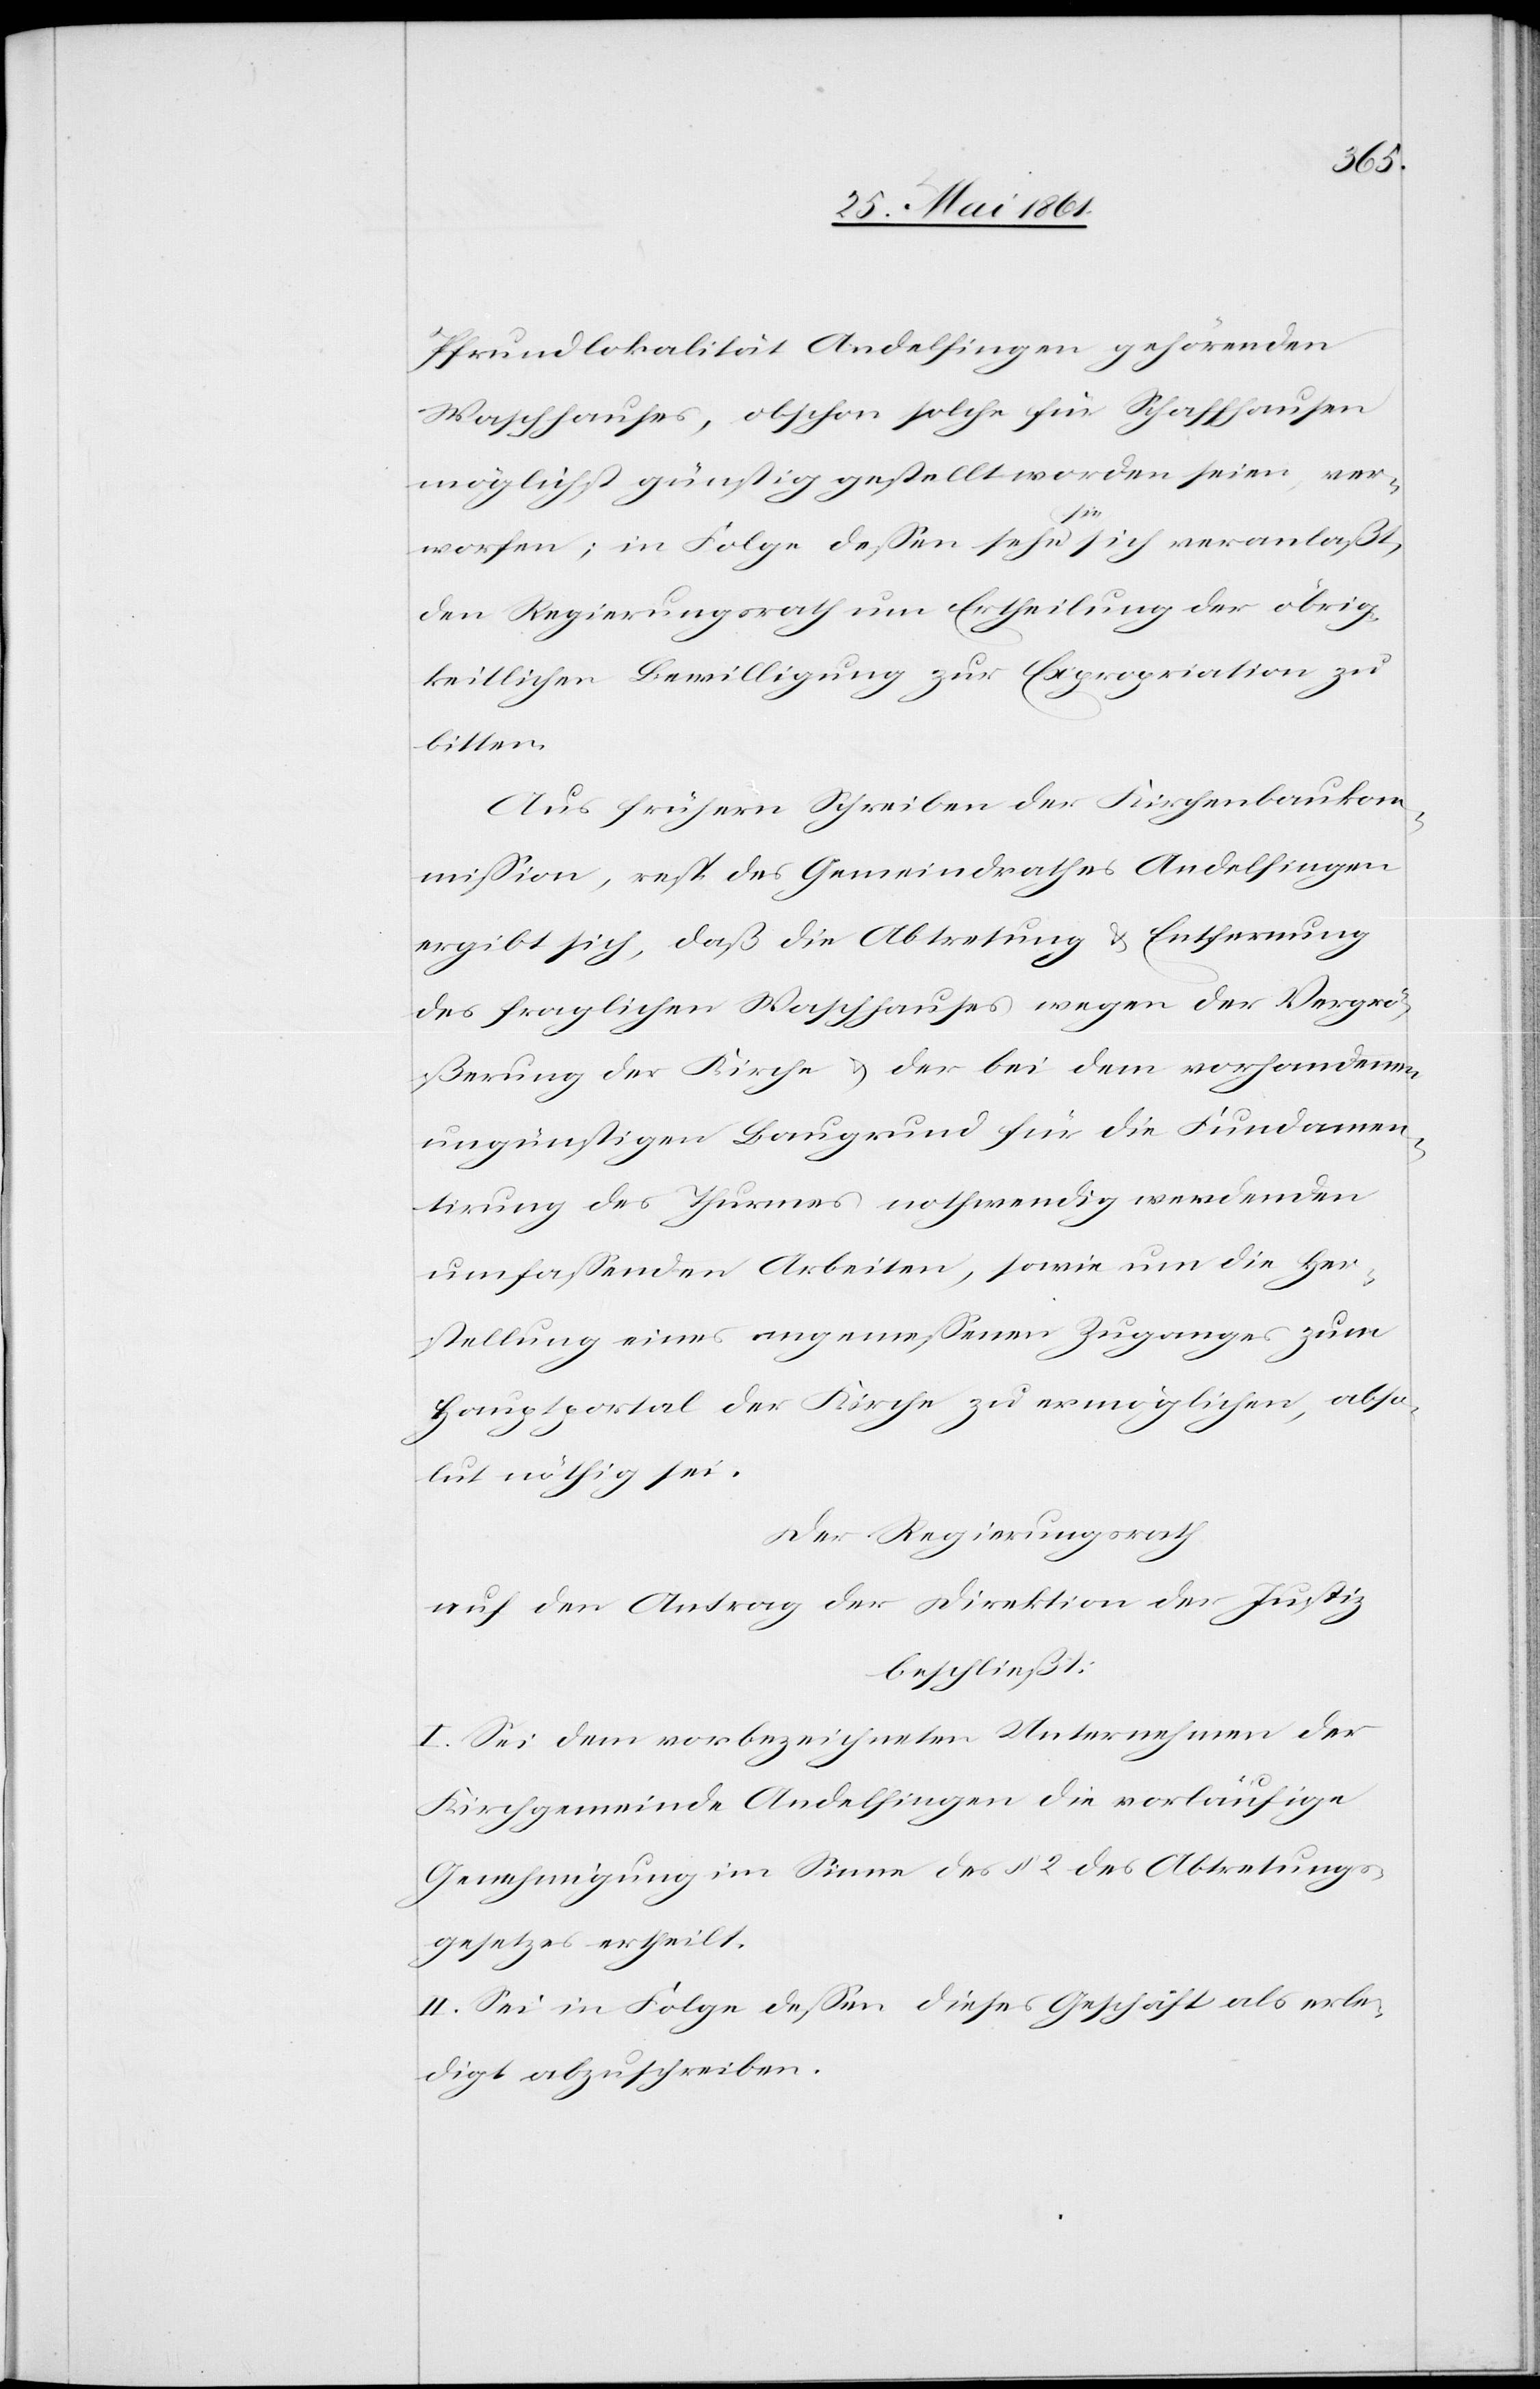
Pfrundlokalität Andelfingen gehörenden
Waschhauses, obschon solche für Schaffhausen
möglichst günstig gestellt worden seien, ver¬
worfen; in Folge dessen sehe sie sich veranlaßt,
den Regierungsrath um Ertheilung der obrig¬
keitlichen Bewilligung zur Expropriation zu
bitten.
Aus frühern Schreiben der Kirchenbaukom¬
mission, resp. des Gemeindrathes Andelfingen
ergibt sich, daß die Abtretung u. Entfernung
des fraglichen Waschhauses wegen der Vergrö¬
ßerung der Kirche u. der bei dem vorhandenen
ungünstigen Baugrund für die Fundamen¬
tirung des Thurmes nothwendig werdenden
umfassenden Arbeiten, sowie um die Her¬
stellung eines angemessenen Zuganges zum
Hauptportal der Kirche zu ermöglichen, abso¬
lut nöthig sei.
Der Regierungsrath
auf den Antrag der Direktion der Justiz
beschließt:
I. Sei dem vorbezeichneten Unternehmen der
Kirchgemeinde Andelfingen die vorläufige
Genehmigung im Sinne des § 2 des Abtretungs¬
gesetzes ertheilt.
II. Sei in Folge dessen dieses Geschäft als erle¬
digt abzuschreiben.